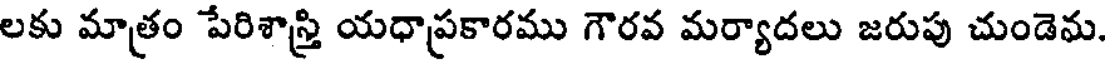
లకు మాత్రం పేరిశాస్త్రి యధాప్రకారము గౌరవ మర్యాదలు జరుపు చుండెను.